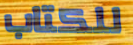
للكتاب